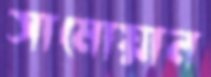
সামোয়ান